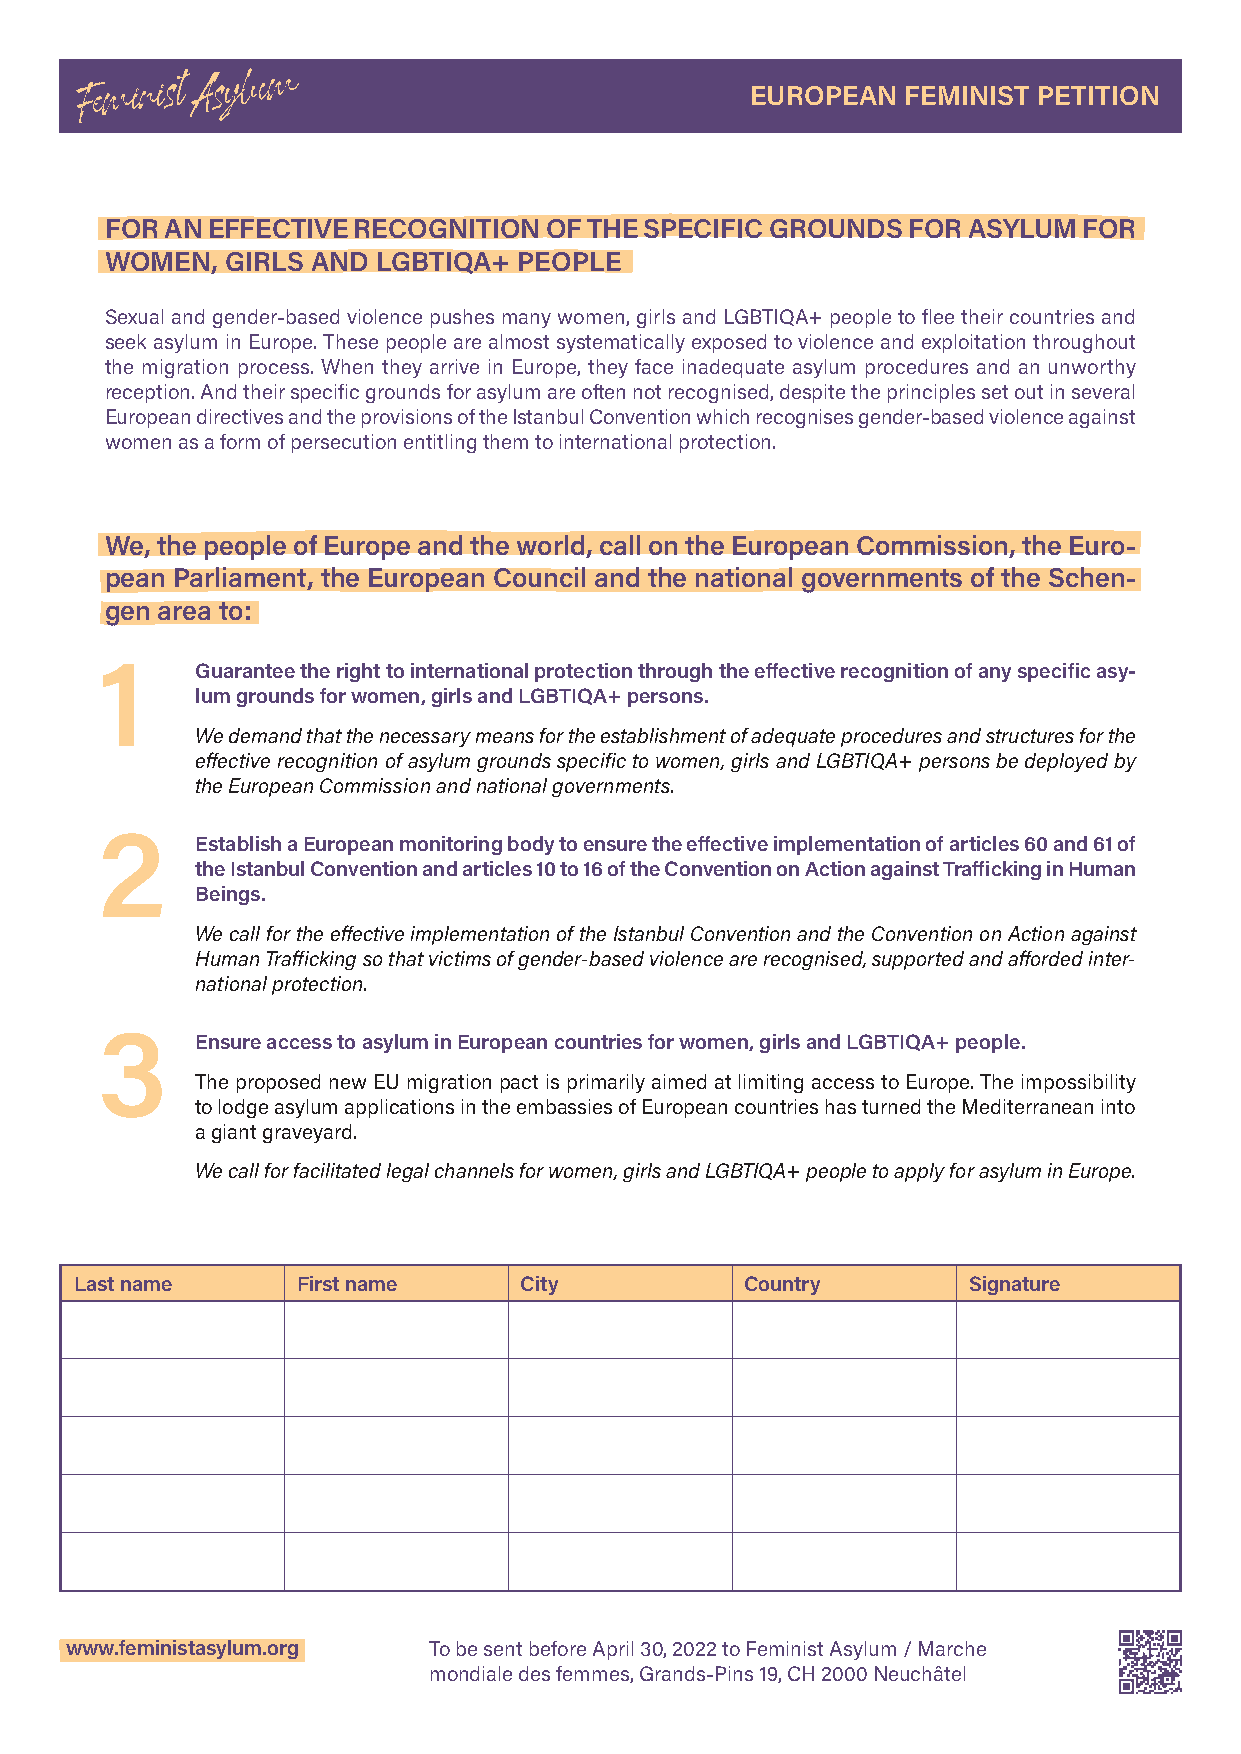
EUROPEAN  FEMINIST PETITION
 FOR AN EFFECTIVE RECOGNITION OF THE SPECIFIC GROUNDS FOR ASYLUM  FOR
 WOMEN,  GIRLS AND LGBTIQA+ PEOPLE
 Sexual and gender-based violence pushes many women, girls and LGBTIQA+ people to flee their countries and
 seek asylum in Europe. These people are almost systematically exposed to violence and exploitation throughout
 the migration process. When they arrive in Europe, they face inadequate asylum procedures and an unworthy
 reception. And their specific grounds for asylum are often not recognised, despite the principles set out in several
 European directives and the provisions of the Istanbul Convention which recognises gender-based violence against
 women as a form of persecution entitling them to international protection.
 We, the people of Europe and the world, call on the European Commission, the Euro-
 pean Parliament, the European Council and the national governments of the Schen-
 gen area to:
 1
 Guarantee the right to international protection through the effective recognition of any specific asy-
 lum grounds for women, girls and LGBTIQA+ persons.
 We demand that the necessary means for the establishment of adequate procedures and structures for the
 effective recognition of asylum grounds specific to women, girls and LGBTIQA+ persons be deployed by
 the European Commission and national governments.
 2
 Establish a European monitoring body to ensure the effective implementation of articles 60 and 61 of
 the Istanbul Convention and articles 10 to 16 of the Convention on Action against Trafficking in Human
 Beings.
 We call for the effective implementation of the Istanbul Convention and the Convention on Action against
 Human Trafficking so that victims of gender-based violence are recognised, supported and afforded inter-
 national protection.
 3
 Ensure access to asylum in European countries for women, girls and LGBTIQA+ people.
 The proposed new EU migration pact is primarily aimed at limiting access to Europe. The impossibility
 to lodge asylum applications in the embassies of European countries has turned the Mediterranean into
 a giant graveyard.
 We call for facilitated legal channels for women, girls and LGBTIQA+ people to apply for asylum in Europe.
 Last name      First name    City           Country        Signature
 www.feministasylum.org  To be sent before April 30, 2022 to Feminist Asylum / Marche
 mondiale des femmes, Grands-Pins 19, CH 2000 Neuchâtel